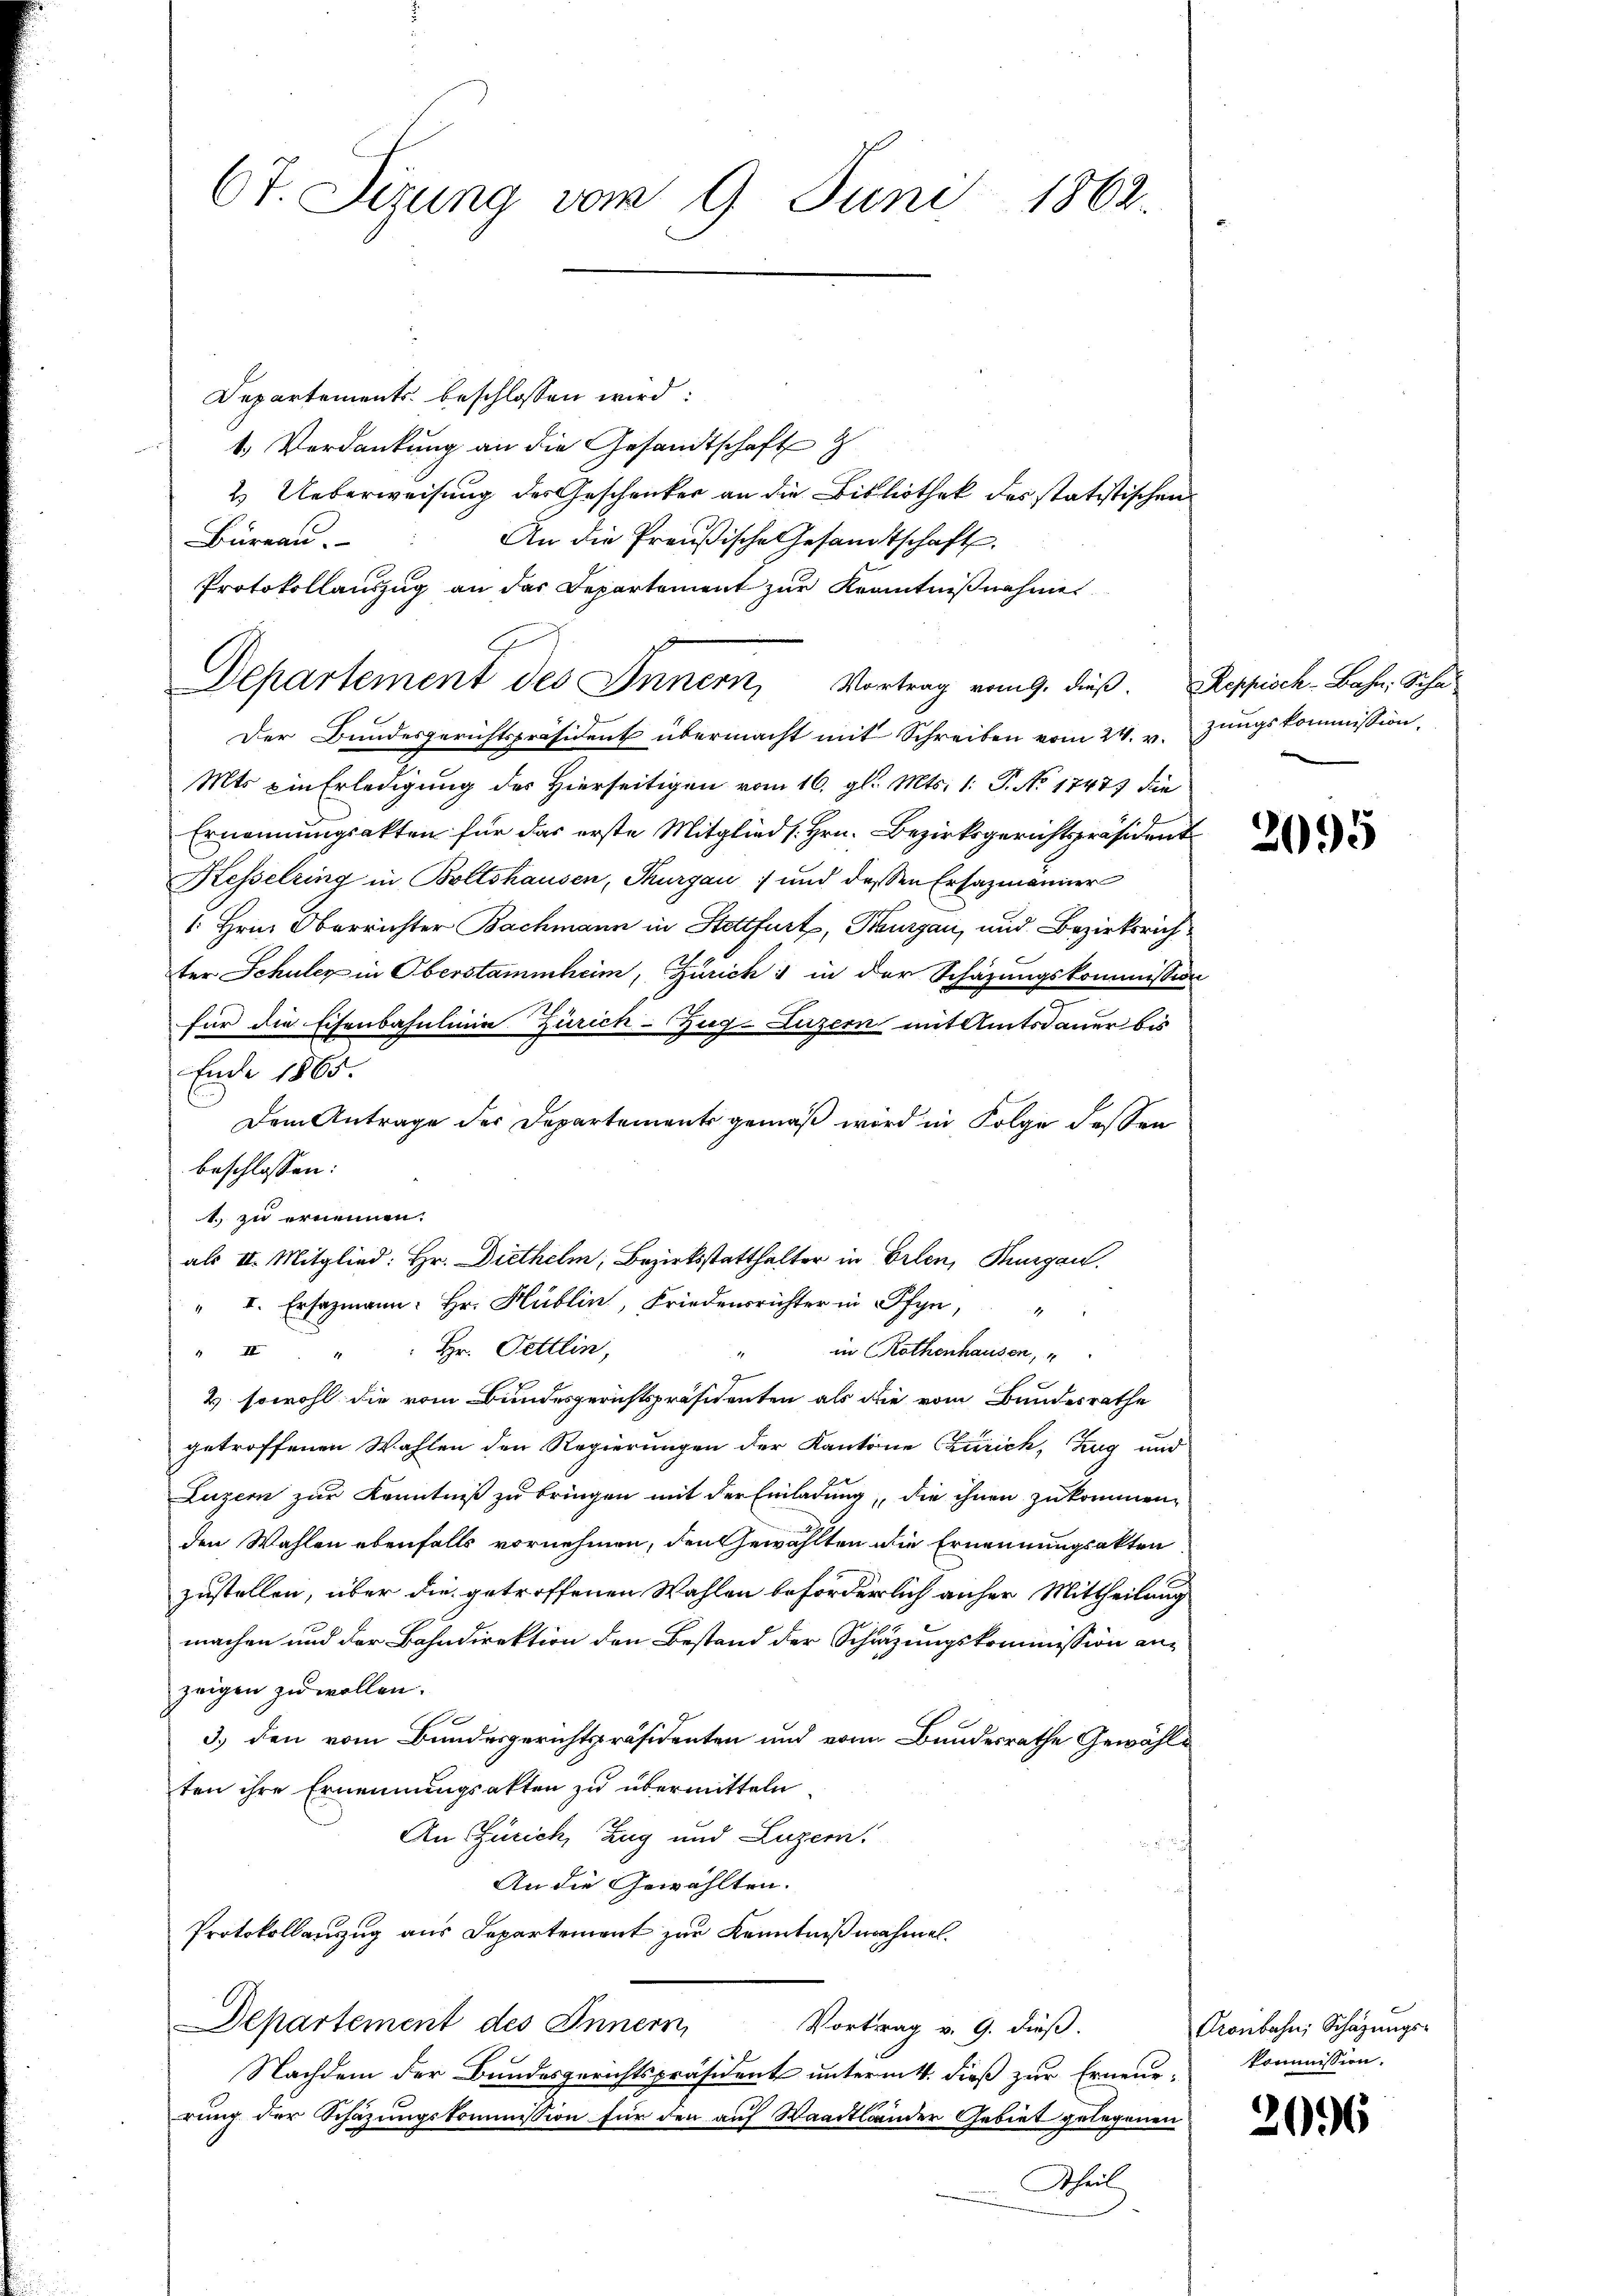
67. Sizung vom 9. Juni 1862.

Departements beschlossen wird:
1. Verdankung an die Gesandtschaft
2. Ueberweisung des Geschenker an die Bibliothek des statistischen
An die Preußische Gesamtschaft.
Büreau.
Protokollauszug an das Departement zur Kenntnißnahme
Der Bundesgerichtspräsident übermacht mit Schreiben vom 24. v. Zŭngskommission,
Mts ein Erledigung der Hierseitigen vom 16. gl. Mts. 1. P. No 1747 die
Ernennungsakten für das erste Mitglied s. Hrn. Bezirksgerichtspräsident
Kesselring in Boltshausen, Thurgau 1 und dessen Ersatzmänner
1. Hrn. Oberrichter Bachmann in Stattfurt, Thurgau, und Bezirksrich
ter Schuler in Oberstammheim, Zürich in der Schazungskommission
für die Eisenbahnlinie Zürich–Zug–Luzern mit Amtsdauer bis
Ende 1865.
Dem Antrage der Departements gemäß wird in Folge dessen
beschlossen:
1. zu ernennen.
" I. Ersazmann: Hr. Hüblin, Friedensrichter in Pfyn,
in Rothenhausen,
" II. " " Hr. Pettlin,
g
2) sowohl die vom Bundesgerichtspräsidenten als die vom Bundesrathe
getroffenen Wahlen den Regierungen der Kantone Zürich, Zug und
Luzern zur Kenntniß zu bringen mit der Einladung, die ihnen zukommen,
den Wahlen ebenfalls vornehmen, den Gewählten die Ernennungsakten
zustellen, über die getroffenen Wahlen beförderlich anher Mittheilung
machen und der Bahndirektion den Bestand der Schazungskommission anzeigen zu wollen.
3.) den vom Bundesgerichtspräsidenten und von Bundesrathe Gewählten ihre Ernennungsakten zu übermitteln.
An Zürich, Zug und Luzern.
An die Gewählten.
Protokollauszug aus Departement zur Kenntnißnahme.
Departement des Innern,
Vortrag v. 9. dieß.
Nachdem der Bundesgerichtspräsident unterm 4. dieß zur Erneur-
rung der Schazungskommission für den auf Waadtländer Gebiet gelegenen
Theil

4

als II. Mitglied: Hr. Diethelm, Bezirksstatthalter in Erlen, Thurgau.

Departement des Innern, Vortrag vom 9. dieß. Reppisch-Bahn, Scha¬

2095

Kronbahn, Schazungs-
kommission.

2096